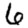
Digit: 6